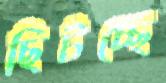
ছিটচ্ছে